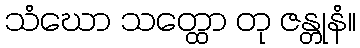
သံဃော သတ္ထော တု ဇန္တုနံ။